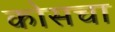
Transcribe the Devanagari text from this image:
कोसचा